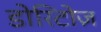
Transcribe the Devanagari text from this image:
डोरिटोज़